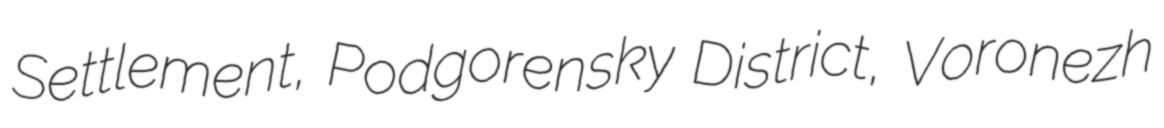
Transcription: Settlement, Podgorensky District, Voronezh